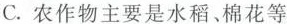
C.农作物主要是水稻、棉花等